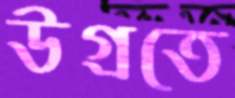
উগ্‌রতে